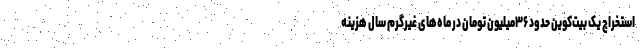
استخراج یک بیت‌کوین حدود ۳۶میلیون تومان در ماه‌های غیرگرم سال هزینه